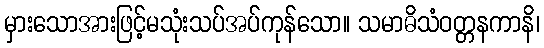
မှားသောအားဖြင့်မသုံးသပ်အပ်ကုန်သော။ သမာဓိသံဝတ္တနကာနိ၊